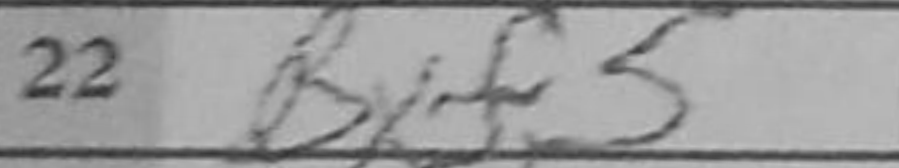
Transcription: Bxf5